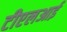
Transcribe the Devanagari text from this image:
टीएलआई